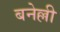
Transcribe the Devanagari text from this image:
बनेल्ली